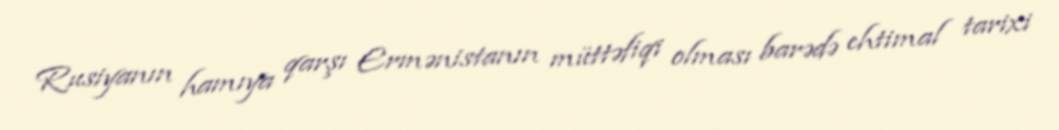
Rusiyanın hamıya qarşı Ermənistanın müttəfiqi olması barədə ehtimal tarixi